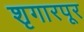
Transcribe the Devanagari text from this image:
शृगारपूर